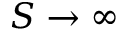
S \to \infty